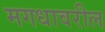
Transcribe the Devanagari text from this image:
मगधावरील